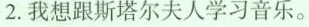
2.我想跟斯塔尔夫人学习音乐。